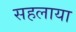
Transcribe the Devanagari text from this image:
सहलाया